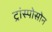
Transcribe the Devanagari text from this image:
ट्रांस्पोसोन